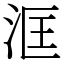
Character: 洭